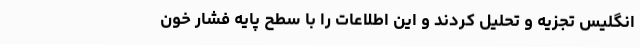
انگلیس تجزیه و تحلیل کردند و این اطلاعات را با سطح پایه فشار خون